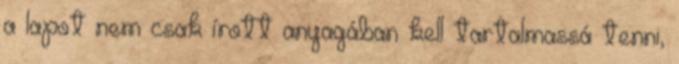
a lapot nem csak írott anyagában kell tartalmassá tenni,